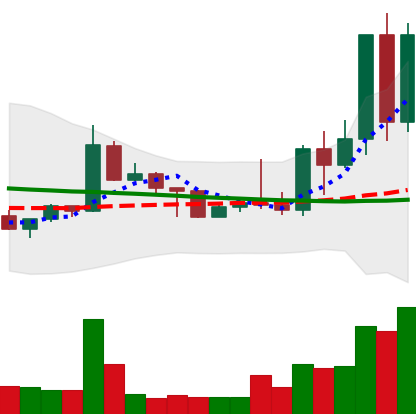
Ticker: TRX-USD
Chart end date: 2022-05-06
Forward return: -13.579%
Label: down_7plus